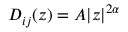
D _ { i j } ( z ) = A | z | ^ { 2 \alpha }